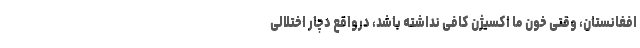
افغانستان، وقتی خون ما اکسیژن کافی نداشته باشد، درواقع دچار اختلالی